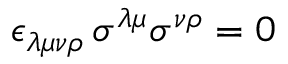
\epsilon _ { \lambda \mu \nu \rho } \, \sigma ^ { \lambda \mu } \sigma ^ { \nu \rho } = 0